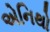
એનિથો